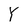
Character: Y